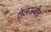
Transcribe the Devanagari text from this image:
तेलअबीव